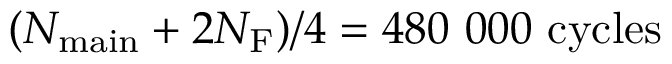
( N _ { \mathrm { m a i n } } + 2 N _ { \mathrm { F } } ) / 4 = 4 8 0 ~ 0 0 0 ~ \mathrm { c y c l e s }